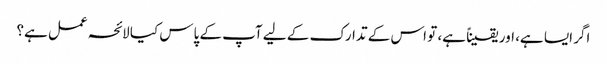
اگر ایسا ہے، اور یقیناً ہے، تو اس کے تدارک کے لیے آپ کے پاس کیا لائحہ عمل ہے؟